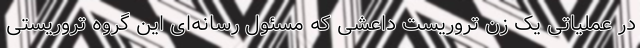
در عملیاتی یک زن تروریست داعشی که مسئول رسانه‌ای این گروه تروریستی